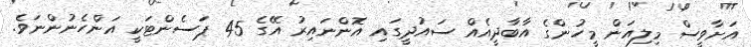
އަށާވީސް މިލިއަން މީހުންގެ އާބާދީއެއް ސައުދީގައި އޮންނައިރު އޭގެ 45 ޕަސެންޓަކީ އަންހެނުންނަވެ.